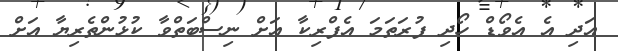
އަދި އެ އެވޯޑް ހޯދި ފުރަތަމަ އެފްރިކާ އަށް ނިސްބަތްވާ ކުޅުންތެރިޔާ އަށް